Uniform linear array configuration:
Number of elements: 32
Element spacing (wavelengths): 1
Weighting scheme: kaiser
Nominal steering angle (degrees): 15
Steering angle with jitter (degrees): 13.932
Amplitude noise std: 0.05
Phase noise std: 0.05

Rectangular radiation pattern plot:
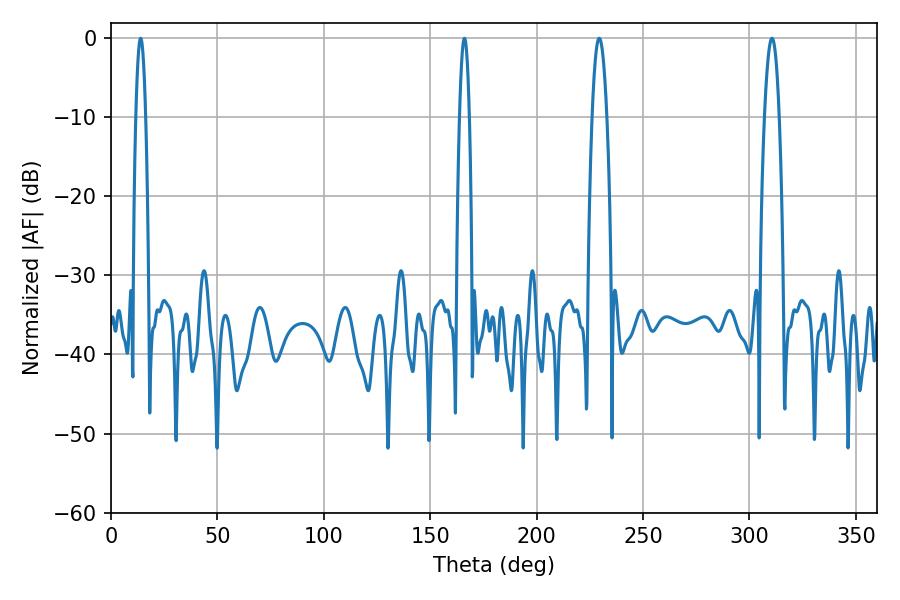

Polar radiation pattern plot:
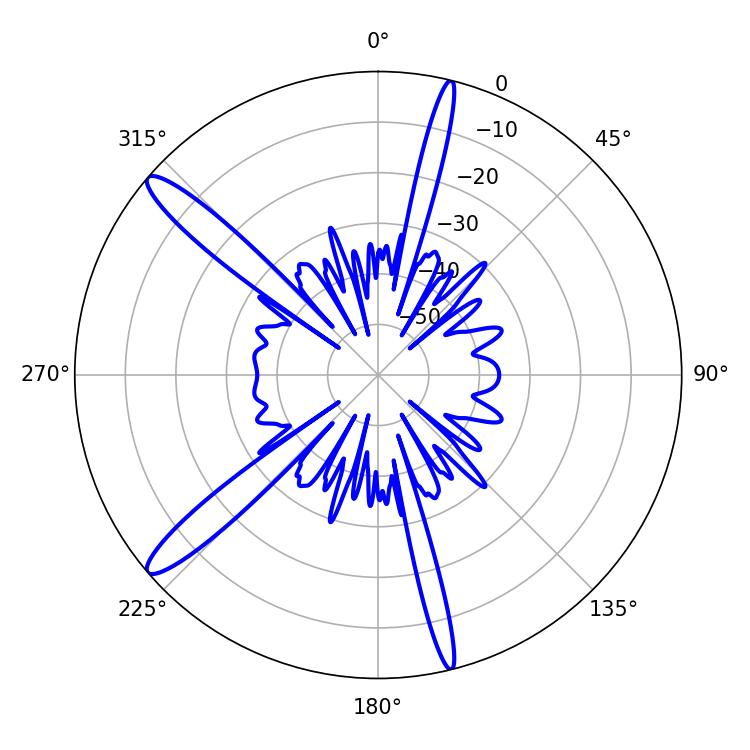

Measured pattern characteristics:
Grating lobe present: TRUE
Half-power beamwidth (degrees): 3.78
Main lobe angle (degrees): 229.32